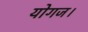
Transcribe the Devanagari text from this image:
योगज।